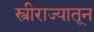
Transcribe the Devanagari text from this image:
स्त्रीराज्यातून